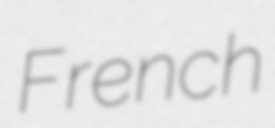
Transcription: French